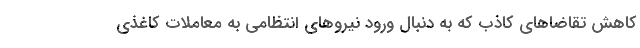
کاهش تقاضاهای کاذب که به دنبال ورود نیروهای انتظامی به معاملات کاغذی